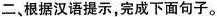
二、根据汉语提示，完成下面句子。